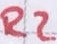
Text: R2